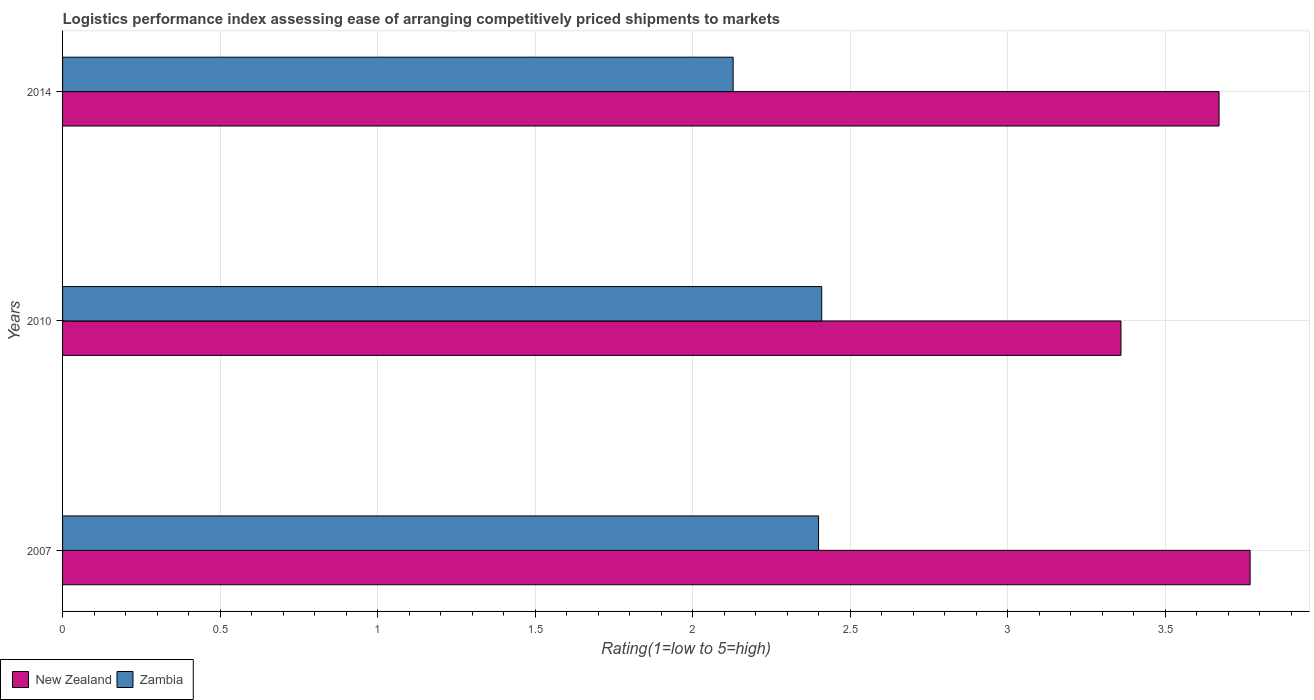
| Years | New Zealand | Zambia |
 | --- | --- | --- |
 | 2007 | 3.77 | 2.4 |
 | 2010 | 3.36 | 2.41 |
 | 2014 | 3.67 | 2.13 |